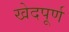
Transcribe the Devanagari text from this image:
खेदपूर्ण